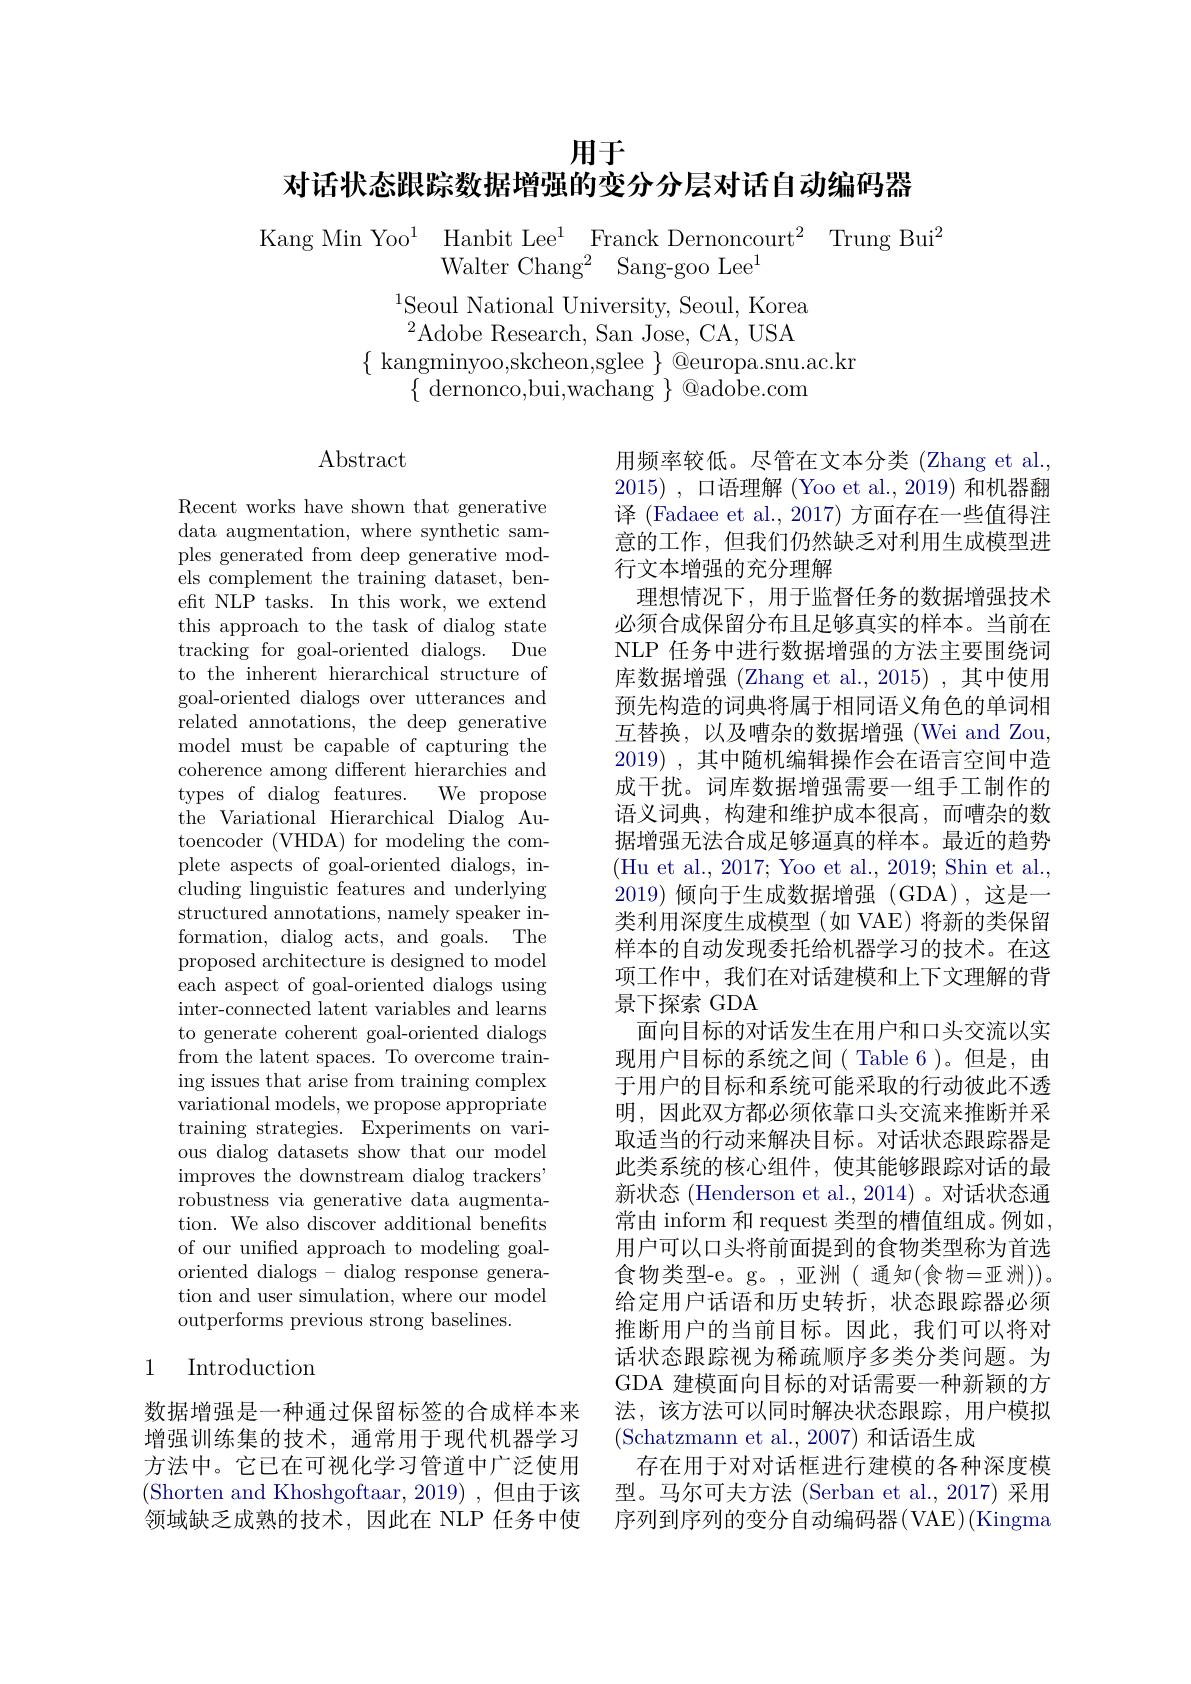
# 用于
对话状态跟踪数据增强的变分分层对话自动编码器

$\begin{array}{lll}{\mathrm{Kang~Min~Yoo}^{1}}&{{\mathrm{Hanbit~Lee}^{1}}}&{{\mathrm{Franck~Dernoncourt}^{2}}}&{{\mathrm{Trung~Bui}^{2}}}\\&{{\mathrm{Walter~Chang}^{2}}}&{{\mathrm{Sang-goo~Lee}^{1}}}\end{array}$

$^{1}$Seoul National University, Seoul, Korea $^{2}$Adobe Research, San Jose, CA, USA
$\{$ kangminyoo,skcheon,sglee $\}$ @europa.snu.ac.kr
$\{$ dernonco,bui,wachang $\}$ @adobe.com

## $\operatorname{Abstract}$

Recent works have shown that generative data augmentation, where synthetic samples generated from deep generative models complement the training dataset, beneft NLP tasks. In this work, we extend this approach to the task of dialog state tracking for goal-oriented dialogs. Due to the inherent hierarchical structure of goal-oriented dialogs over utterances and related annotations, the deep generative model must be capable of capturing the coherence among different hierarchies and types of dialog features. We propose the Variational Hierarchical Dialog Autoencoder (VHDA) for modeling the complete aspects of goal-oriented dialogs, in- ${\mathrm{cluding~linguistic~features~and~underlying}}$ structured annotations, namely speaker information, dialog acts, and goals. The proposed architecture is designed to model each aspect of goal-oriented dialogs using inter-connected latent variables and learns to generate coherent goal-oriented dialogs from the latent spaces. To overcome training issues that arise from training complex variational models, we propose appropriate training strategies. Experiments on various dialog datasets show that our model improves the downstream dialog trackers' robustness via generative data augmentation. We also discover additional benefits of our unifed approach to modeling goaloriented dialogs - dialog response generation and user simulation, where our model outperforms previous strong baselines.

# 1 Introduction

数据增强是一种通过保留标签的合成样本来增强训练集的技术，通常用于现代机器学习方法中。它已在可视化学习管道中广泛使用(Shorten and Khoshgoftaar,2019),但由于该领域缺乏成熟的技术，因此在 NLP 任务中使

用频率较低。尽管在文本分类 (Zhang et al., 2015) , $\square$语理解 (Yoo et al.,2019)和机器翻译 (Fadaee et al., 2017) 方面存在一些值得注意的工作，但我们仍然缺乏对利用生成模型进行文本增强的充分理解
理想情况下，用于监督任务的数据增强技术必须合成保留分布且足够真实的样本。当前在NLP 任务中进行数据增强的方法主要围绕词库数据增强 (Zhang et al.,2015) ,其中使用预先构造的词典将属于相同语义角色的单词相互替换，以及嘈杂的数据增强 (Wei and Zou, 2019) , 其中随机编辑操作会在语言空间中造成干扰。词库数据增强需要一组手工制作的语义词典，构建和维护成本很高，而嘈杂的数据增强无法合成足够逼真的样本。最近的趋势(Hu et al., 2017; Yoo et al., 2019; Shin et al., 2019)倾向于生成数据增强 (GDA),这是一类利用深度生成模型(如 VAE)将新的类保留样本的自动发现委托给机器学习的技术。在这项工作中，我们在对话建模和上下文理解的背景下探索 GDA
面向目标的对话发生在用户和口头交流以实现用户目标的系统之间( Table 6)。但是，由于用户的目标和系统可能采取的行动彼此不透明，因此双方都必须依靠口头交流来推断并采取适当的行动来解决目标。对话状态跟踪器是此类系统的核心组件，使其能够跟踪对话的最新状态 (Henderson et al., 2014) 。对话状态通常由 inform 和 request 类型的槽值组成。例如， 用户可以口头将前面提到的食物类型称为首选食物类型-e。g。,亚洲(通知(食物=亚洲))。给定用户话语和历史转折，状态跟踪器必须推断用户的当前目标。因此，我们可以将对话状态跟踪视为稀疏顺序多类分类问题。为GDA 建模面向目标的对话需要一种新颖的方法，该方法可以同时解决状态跟踪，用户模拟(Schatzmann et al., 2007) 和话语生成
存在用于对对话框进行建模的各种深度模型。马尔可夫方法 (Serban et al.,2017)采用序列到序列的变分自动编码器(VAE)(Kingma